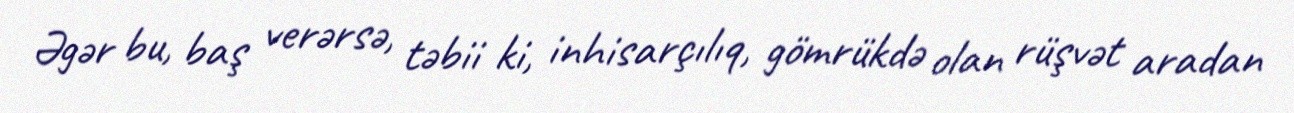
Əgər bu, baş verərsə, təbii ki, inhisarçılıq, gömrükdə olan rüşvət aradan